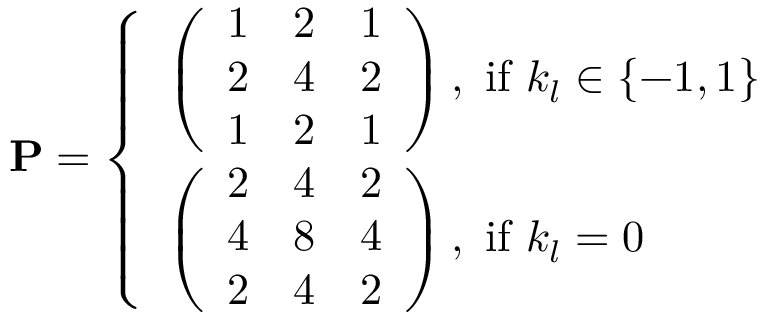
\mathbf { P } = \left\{ \begin{array} { l l } { \left( \begin{array} { r r r } { 1 } & { 2 } & { 1 } \\ { 2 } & { 4 } & { 2 } \\ { 1 } & { 2 } & { 1 } \end{array} \right) \mathrm { , ~ i f ~ } k _ { l } \in \{ - 1 , 1 \} } \\ { \left( \begin{array} { r r r } { 2 } & { 4 } & { 2 } \\ { 4 } & { 8 } & { 4 } \\ { 2 } & { 4 } & { 2 } \end{array} \right) \mathrm { , ~ i f ~ } k _ { l } = 0 } \end{array} \right.